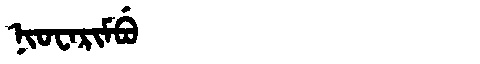
Manchu: ᠨᡳᠣᠸᠠᡵᡳᠮᠪᡠ
Romanization: NIOWARIMBU